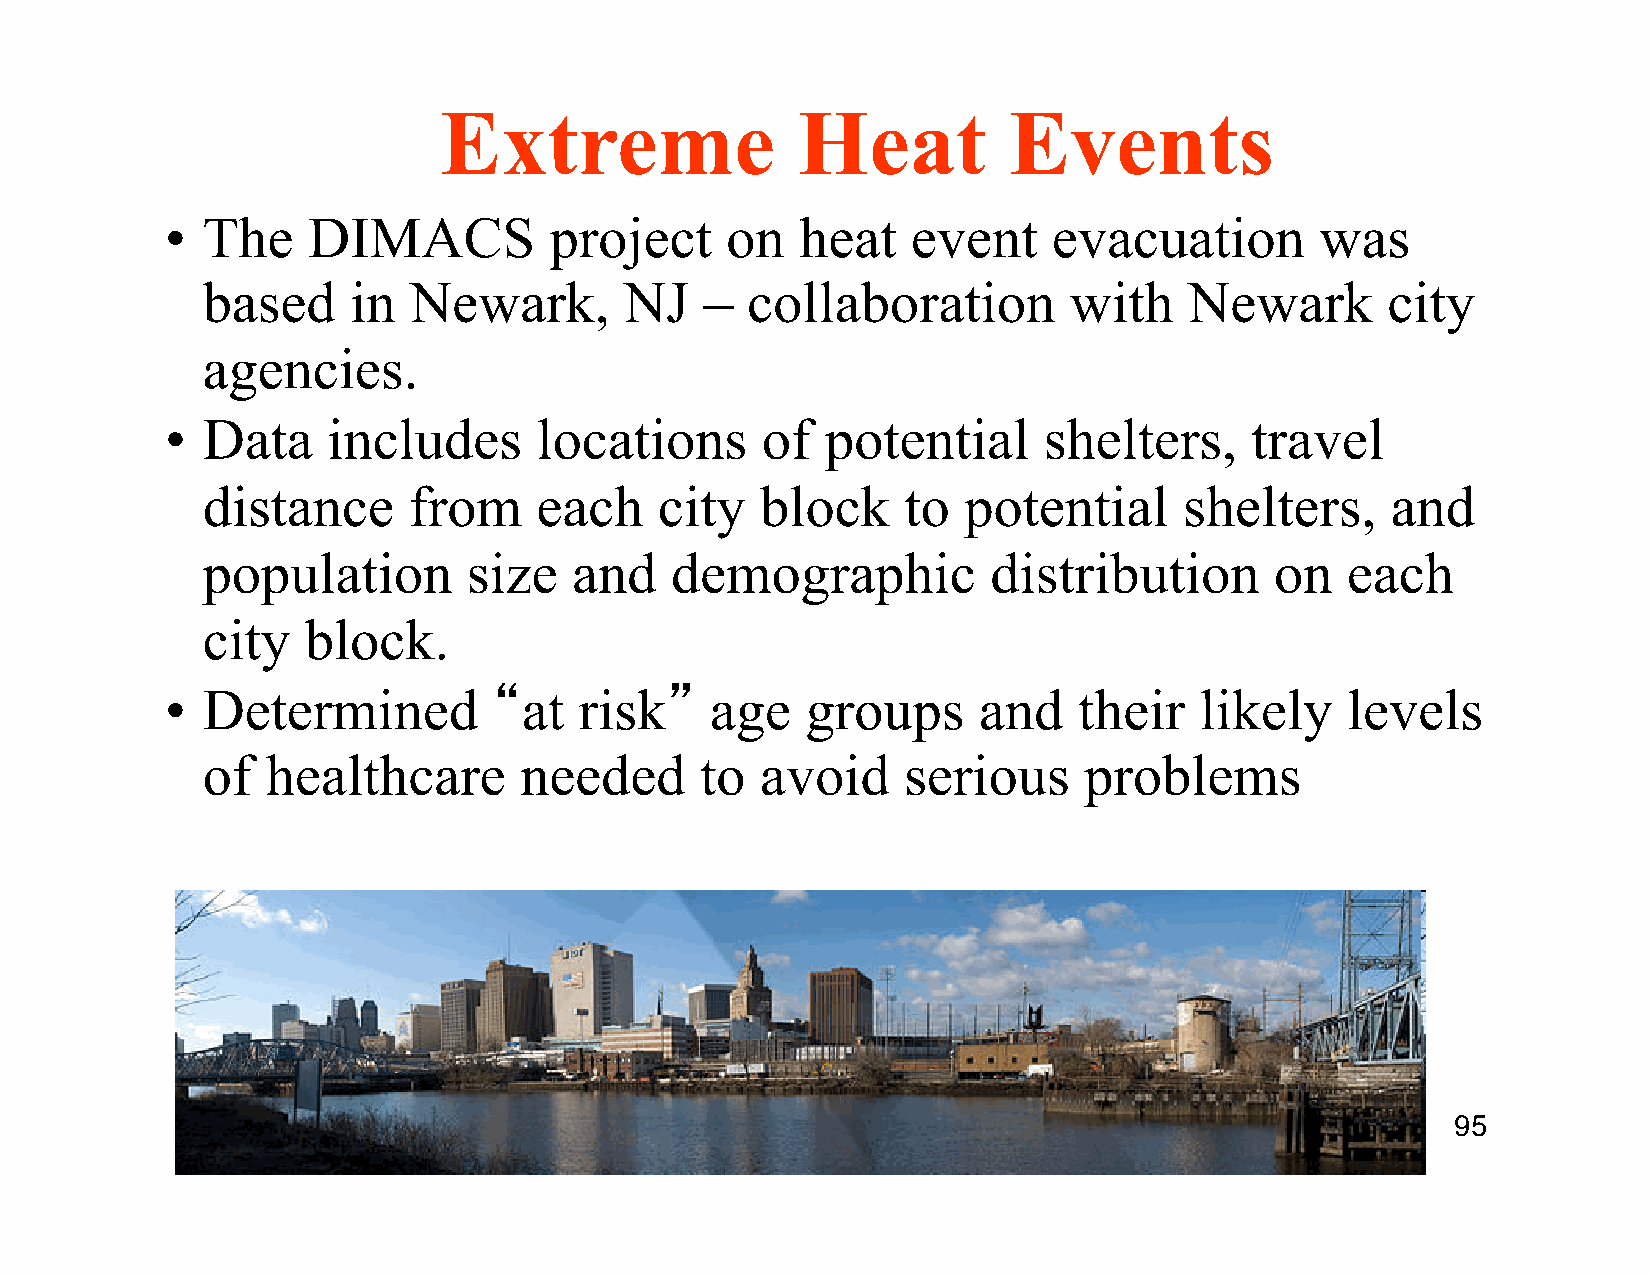
Extreme                 Heat          Events
 • The    DIMACS          project     on   heat   event     evacuation       was
 based     in  Newark,       NJ    – collaboration         with    Newark       city
 agencies.
 • Data     includes     locations      of   potential     shelters,     travel
 distance      from    each     city  block     to  potential     shelters,     and
 population        size   and   demographic           distribution      on   each
 city   block.
 • Determined          “at  risk”    age   groups      and   their   likely    levels
 of   healthcare      needed      to  avoid     serious     problems
 95